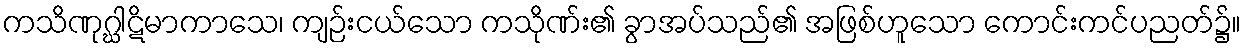
ကသိဏုဂ္ဃါဋိမာကာသေ၊ ကျဉ်းငယ်သော ကသိုဏ်း၏ ခွာအပ်သည်၏ အဖြစ်ဟူသော ကောင်းကင်ပညတ်၌။